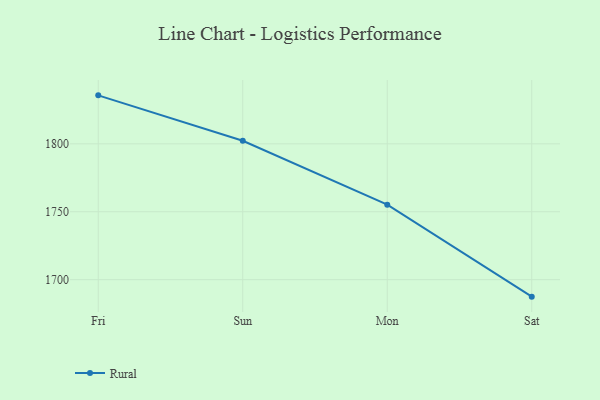
{"axis": {"x": "Day", "y": "Backlog"}, "legend": ["Rural"], "data": [{"x": "Fri", "y": 1835.7, "type": "Rural"}, {"x": "Sun", "y": 1802.3, "type": "Rural"}, {"x": "Mon", "y": 1755.2, "type": "Rural"}, {"x": "Sat", "y": 1687.5, "type": "Rural"}]}